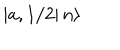
\left| \left. a , 1 / 2 \right| n \right\rangle